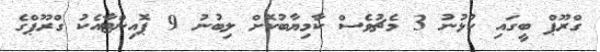
ގްރޫޕް ބީގައި ކުޅުނު 3 މެޗުވެސް ކާމިޔާބުކޮށް ލިބުނު 9 ޕޮއިންޓާއެކު ގްރޫޕްގެ